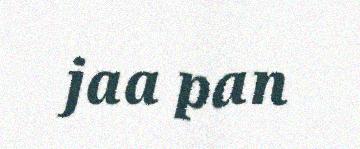
jaa pan